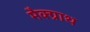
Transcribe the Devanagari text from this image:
मैक्ग्राथ